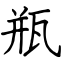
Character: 瓶